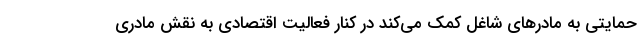
حمایتی به مادرهای شاغل کمک می‌کند در کنار فعالیت اقتصادی به نقش مادری